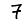
Digit: 7